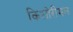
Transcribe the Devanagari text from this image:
किशोरीमल